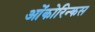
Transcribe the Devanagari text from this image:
ओंकोरिन्कस